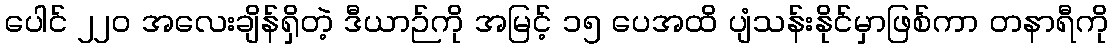
ပေါင် ၂၂၀ အလေးချိန်ရှိတဲ့ ဒီယာဉ်ကို အမြင့် ၁၅ ပေအထိ ပျံသန်းနိုင်မှာဖြစ်ကာ တနာရီကို